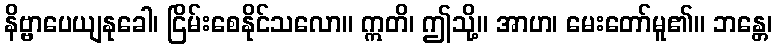
နိဗ္ဗာပေယျနုခေါ၊ ငြိမ်းစေနိုင်သလော။ ဣတိ၊ ဤသို့။ အာဟ၊ မေးတော်မူ၏။ ဘန္တေ၊